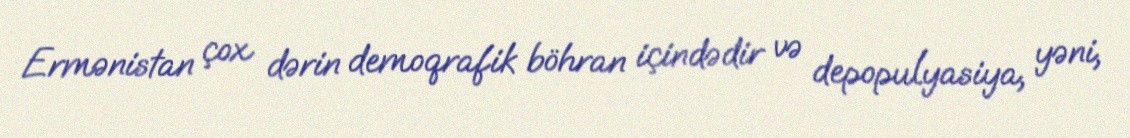
Ermənistan çox dərin demoqrafik böhran içindədir və depopulyasiya, yəni,